Bréfritari: Sigríður Pálsdóttir
Viðtakandi: Páll Pálsson
Dagsetning: A-1851-09-07
Skrifað á: Hraungerði  Árn.
Páll var bróðir Sigríðar

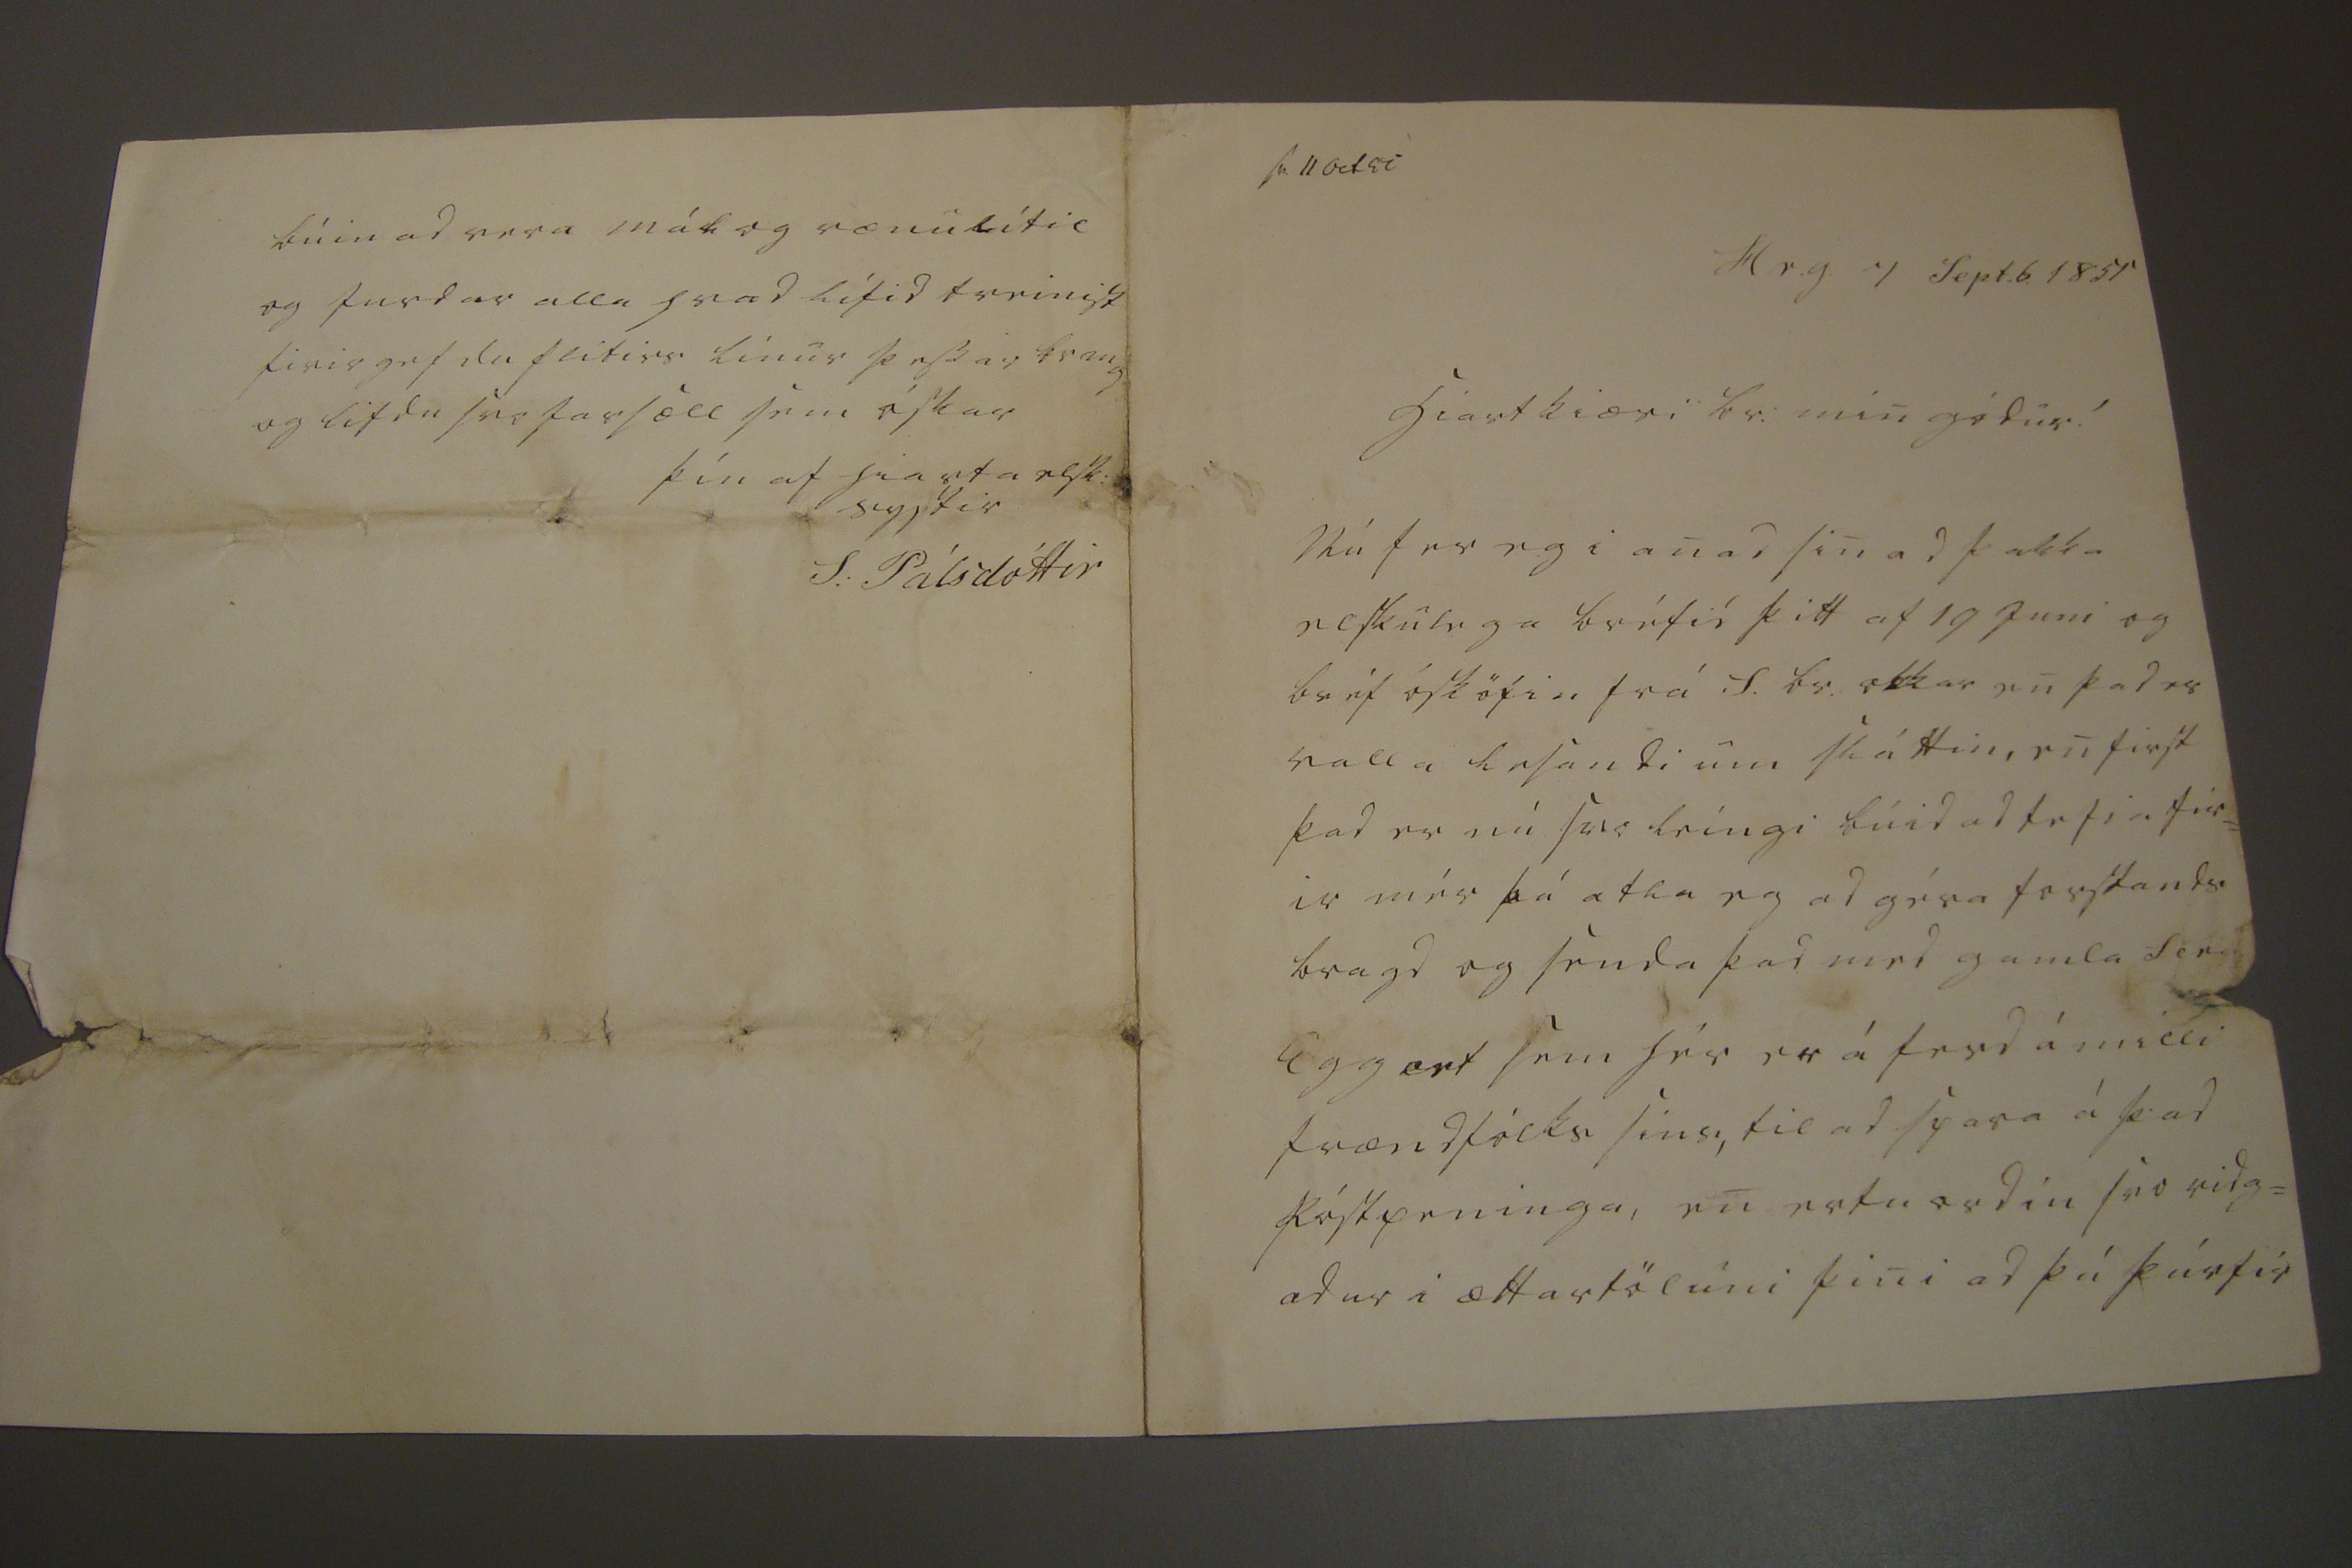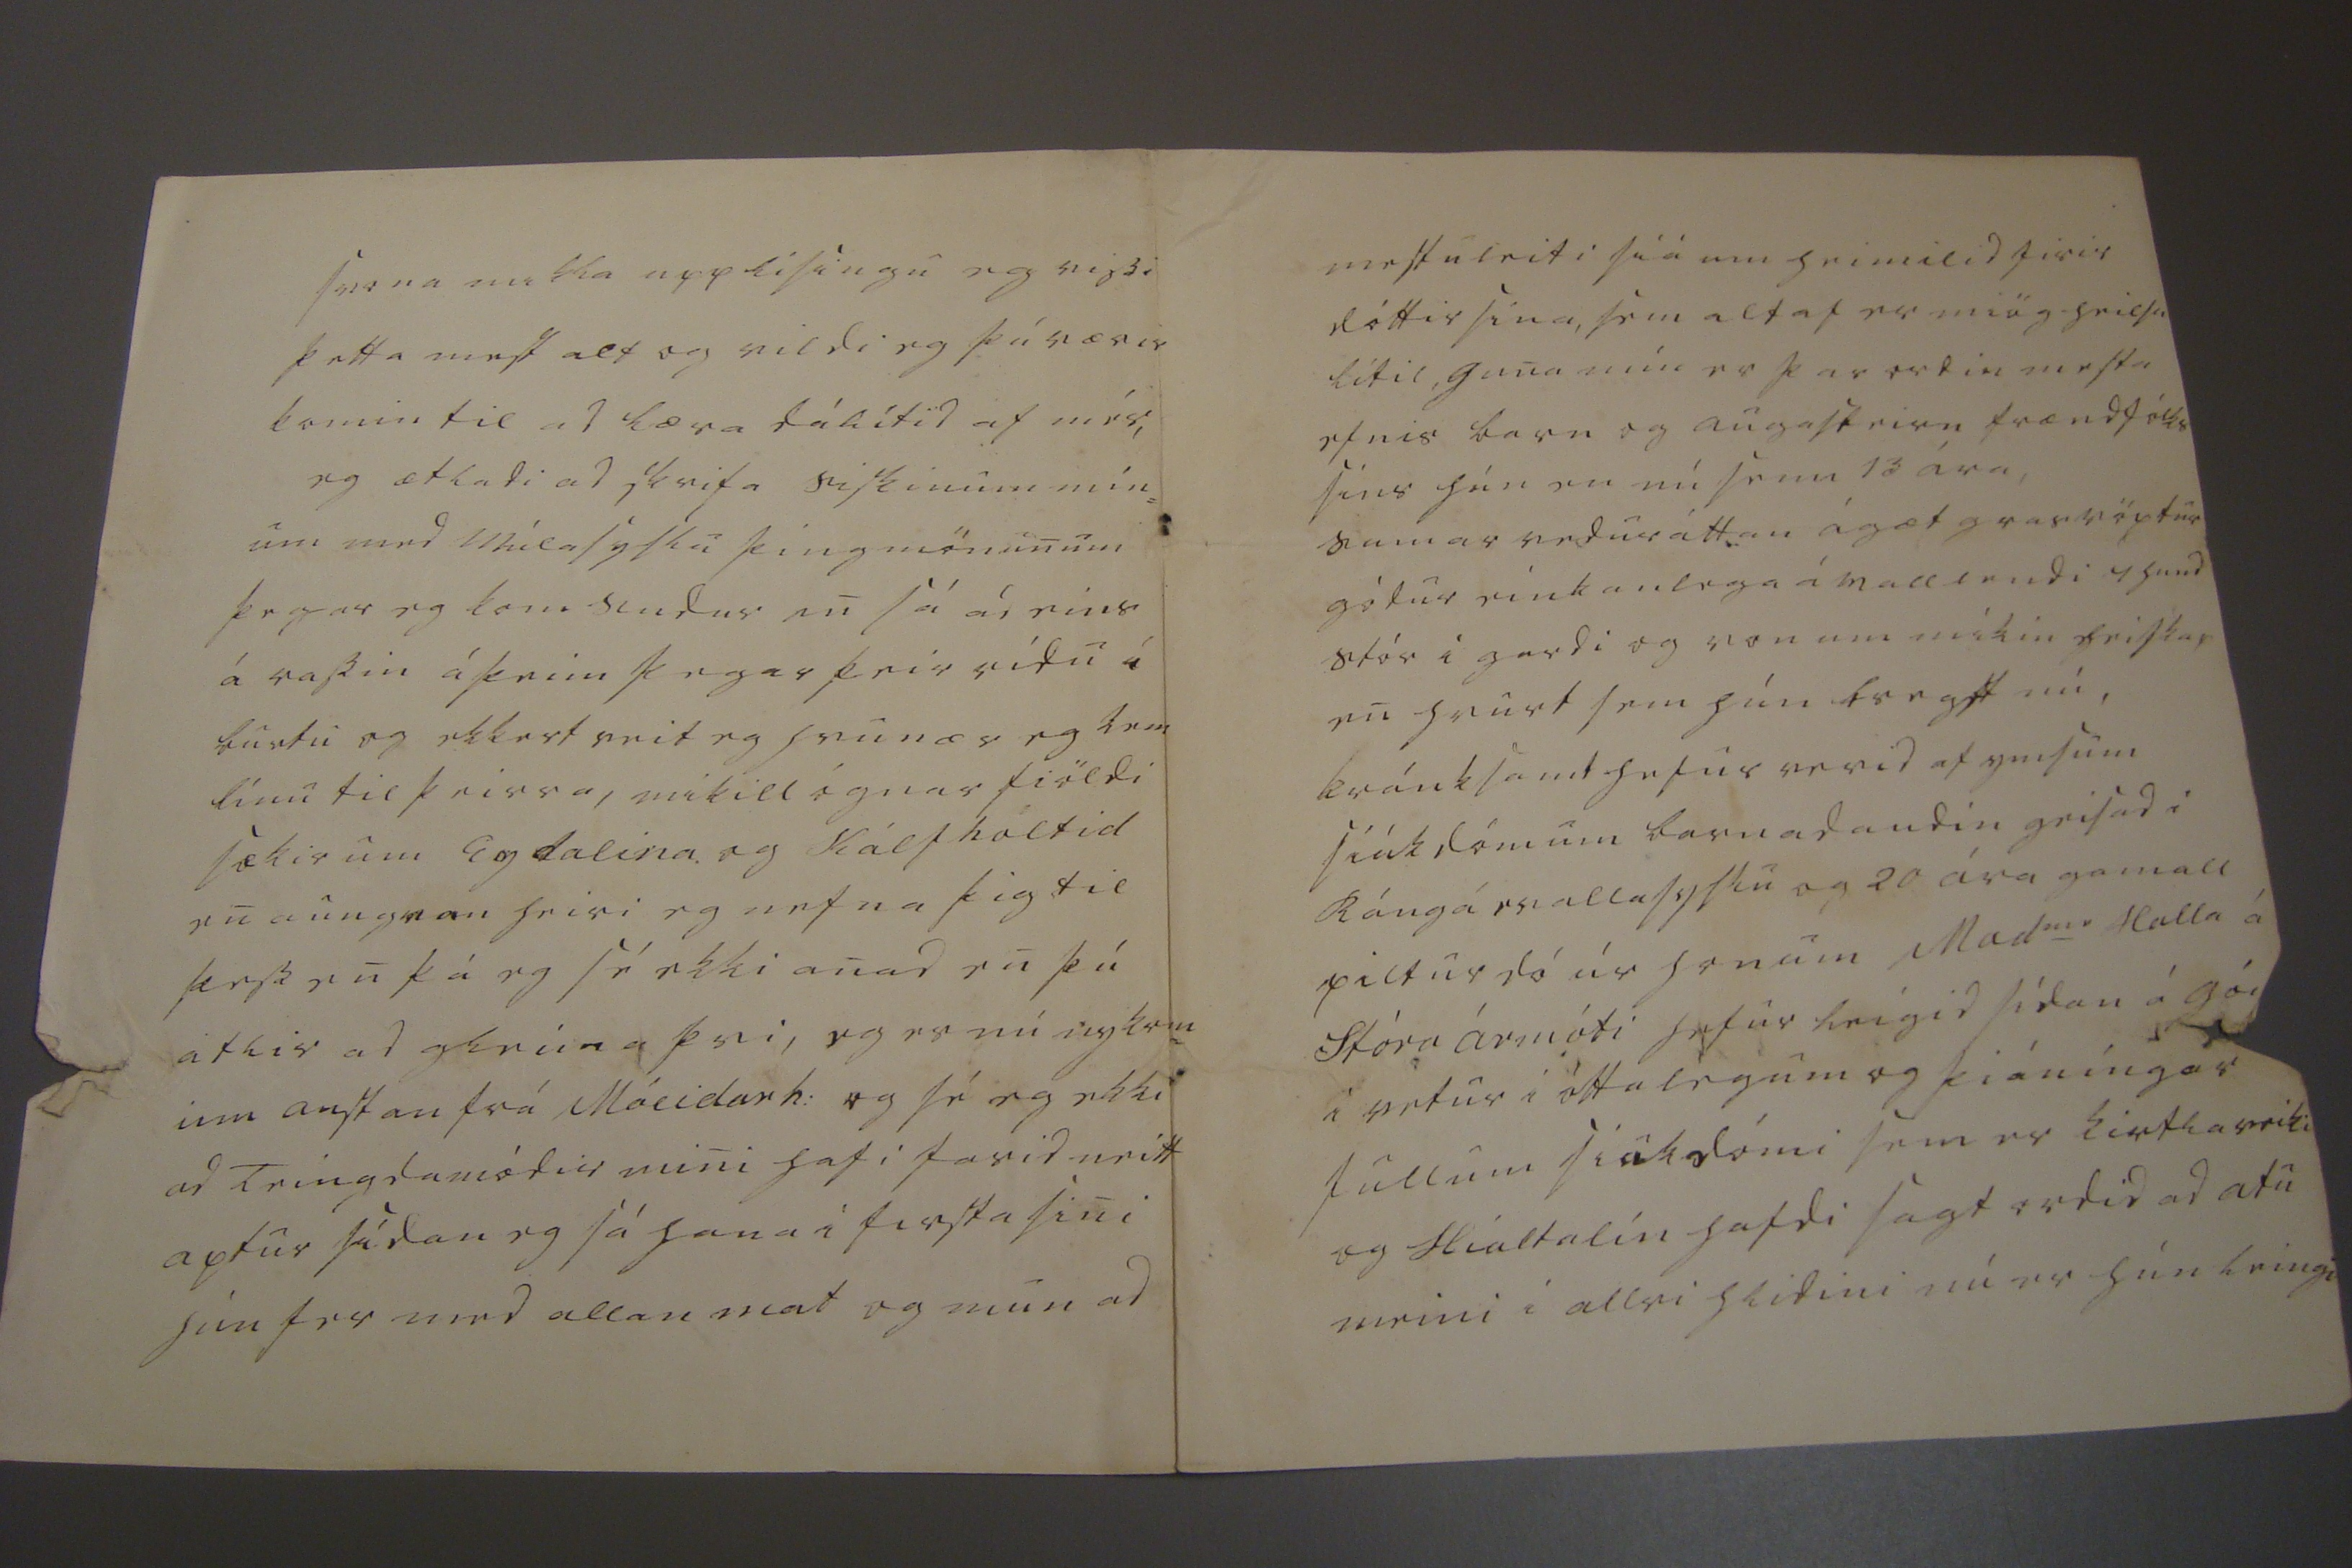

sv 11 Oct
00
Hr.g. 7 Sept.b 1851
hiartkiæri br. min gódur!
Nú fer eg i anad sin ad þakka elskulega bréfid þitt af 19 Juni og bréf ósköpin frá S. br. okkar en þad er valla lesandi um sláttin, en first þad er nú svo leíngi búid ad tefia fir= ir mér þá atla eg ad géra forstands bragd og senda þad med gamla
ferd
Eggert sem hér er á ferd á milli frændfólks sins, til ad spara á þad póstpeninga, en ertu ordin svo ridg= adur i ættartöluni þini ad þú þúrfir
svona mikla upplísingu eg vissi þetta mest alt og vildi eg þú værir komin til ad læra dálítid af mér, eg ætladi ad skrifa siskinum mín= um med Múlasyslu þingmönunum þegar eg kom sudur en sá ad eins á rassin á þeim þegar þeir ridu i burtu og ekkert veit eg hvunær eg kem línu til þeirra, mikill ógnarfiöldi sækir um Eydalina og kálfhóltid en aungvan heiri eg nefna þig til þess en þá eg sé ekki anad en þú atlir ad gleima þvi, eg er nú nykom= inn austan frá Móeidarh: og sé eg ekki ad Teingdamódur mini hafi farid neitt aptur sídan eg sá hana i firsta sini hún fer med allan mat og mun ad
mestu leiti siá um heimilid firir dóttir sína, sem altaf er miög heilsu lítil, guna mín er þar ordin mesta efnis barn og augasteirn frændfólks síns hún en nú senn 13 ára, sumar veduráttan ágæt grasvöxtur gódur einkanlega á valllendi 4 hund stór i gardi og von um míkin heiskap en hvurt sem hún bregst nú, kránksamt hefur verid af ymsum siúkdómum barnadaudin geisad i Rángárvallasyslu og 20 ára gamall piltur dó úr honum Mad
me
Halla á Stóra ármóti hefur leígid sídan á gó
u
i vetur i óttalegum og þiáníngar fullum siukdómi sem er kirtlaveiki og Hialtalín hafdi sagt ordid ad atu meini i allri hlidini nú er hún leingi
búin ad vera mát og rænulítil og furdar alla hvad lífid treinist firirgefdu flitirs línur þessar br m g og lifdu svo farsæll sem óskar
þín af hiarta elsk: systir
S: Pálsdóttir